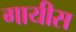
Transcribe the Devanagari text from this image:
गायीस